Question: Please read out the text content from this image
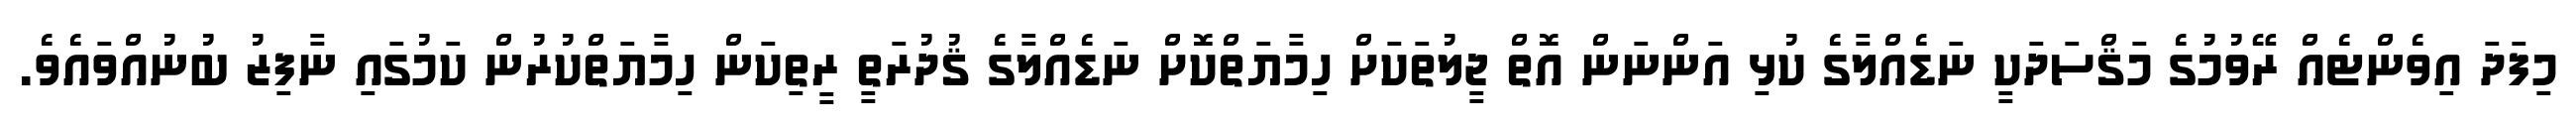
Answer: މިފަދަ އިވެންޓެއް ރޭވުމުގެ މަޤްސަދަކީ ނަޑެއްލާގެ ކުޅި އަންނަން އޮތް ޖީލުތަކަށް ހިމާޔަތްކޮށް ނަޑެއްލާގެ ޤުދުރަތީ ރީތިކަން ހިމާޔަތްކުރުން ކަމުގައި ނާފިޒު ބުނުއްވައެވެ.